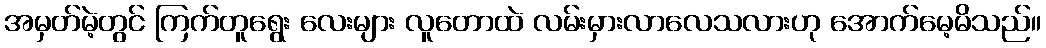
အမှတ်မဲ့တွင် ကြက်တူရွေး လေးများ လူတောထဲ လမ်းမှားလာလေသလားဟု အောက်မေ့မိသည်။